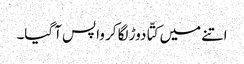
اتنے میں کتّا دوڑ لگا کر واپس آ گیا۔